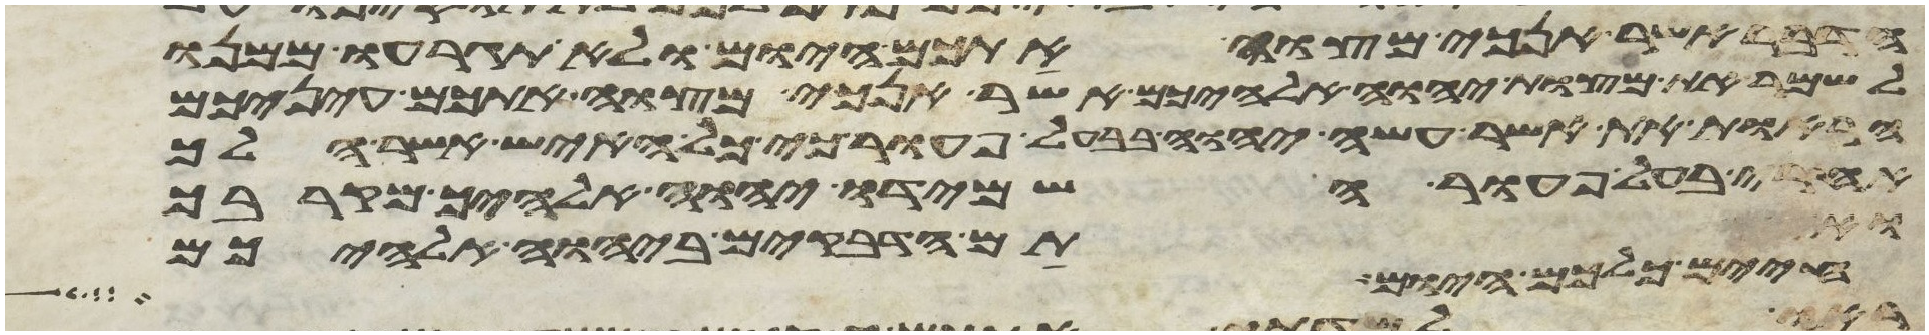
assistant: הדבר אשר אנכי מצוה אתכם היום ולא תגרעו ממנו
לשמר את מצות יהוה אלהיכם אשר אנכי מצוה אתכם עיניכם
הראות את אשר עשה יהוה בבעל פעור כי כל האיש אשר הלך
אחרי בעל פעור השמידו יהוה אלהיך מקרבך
חיים כלכם היום
ואתם הדביקים ביהוה אלהיכם